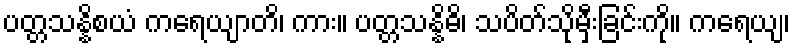
ပတ္တသန္နိစယံ ကရေယျာတိ၊ ကား။ ပတ္တသန္နိဓိ၊ သပိတ်သိုမှီးခြင်းကို။ ကရေယျ၊